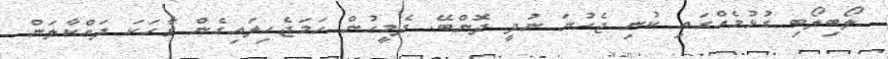
ލޯބިލޯބި ގުޅުމެއްގައި ކުނި ޖެހުނަ ނުދީ ދޮންބޭ. ދެމީހުން ހަމަޖެހިލައިގެން ވާހަކަ ދައްކާލަން